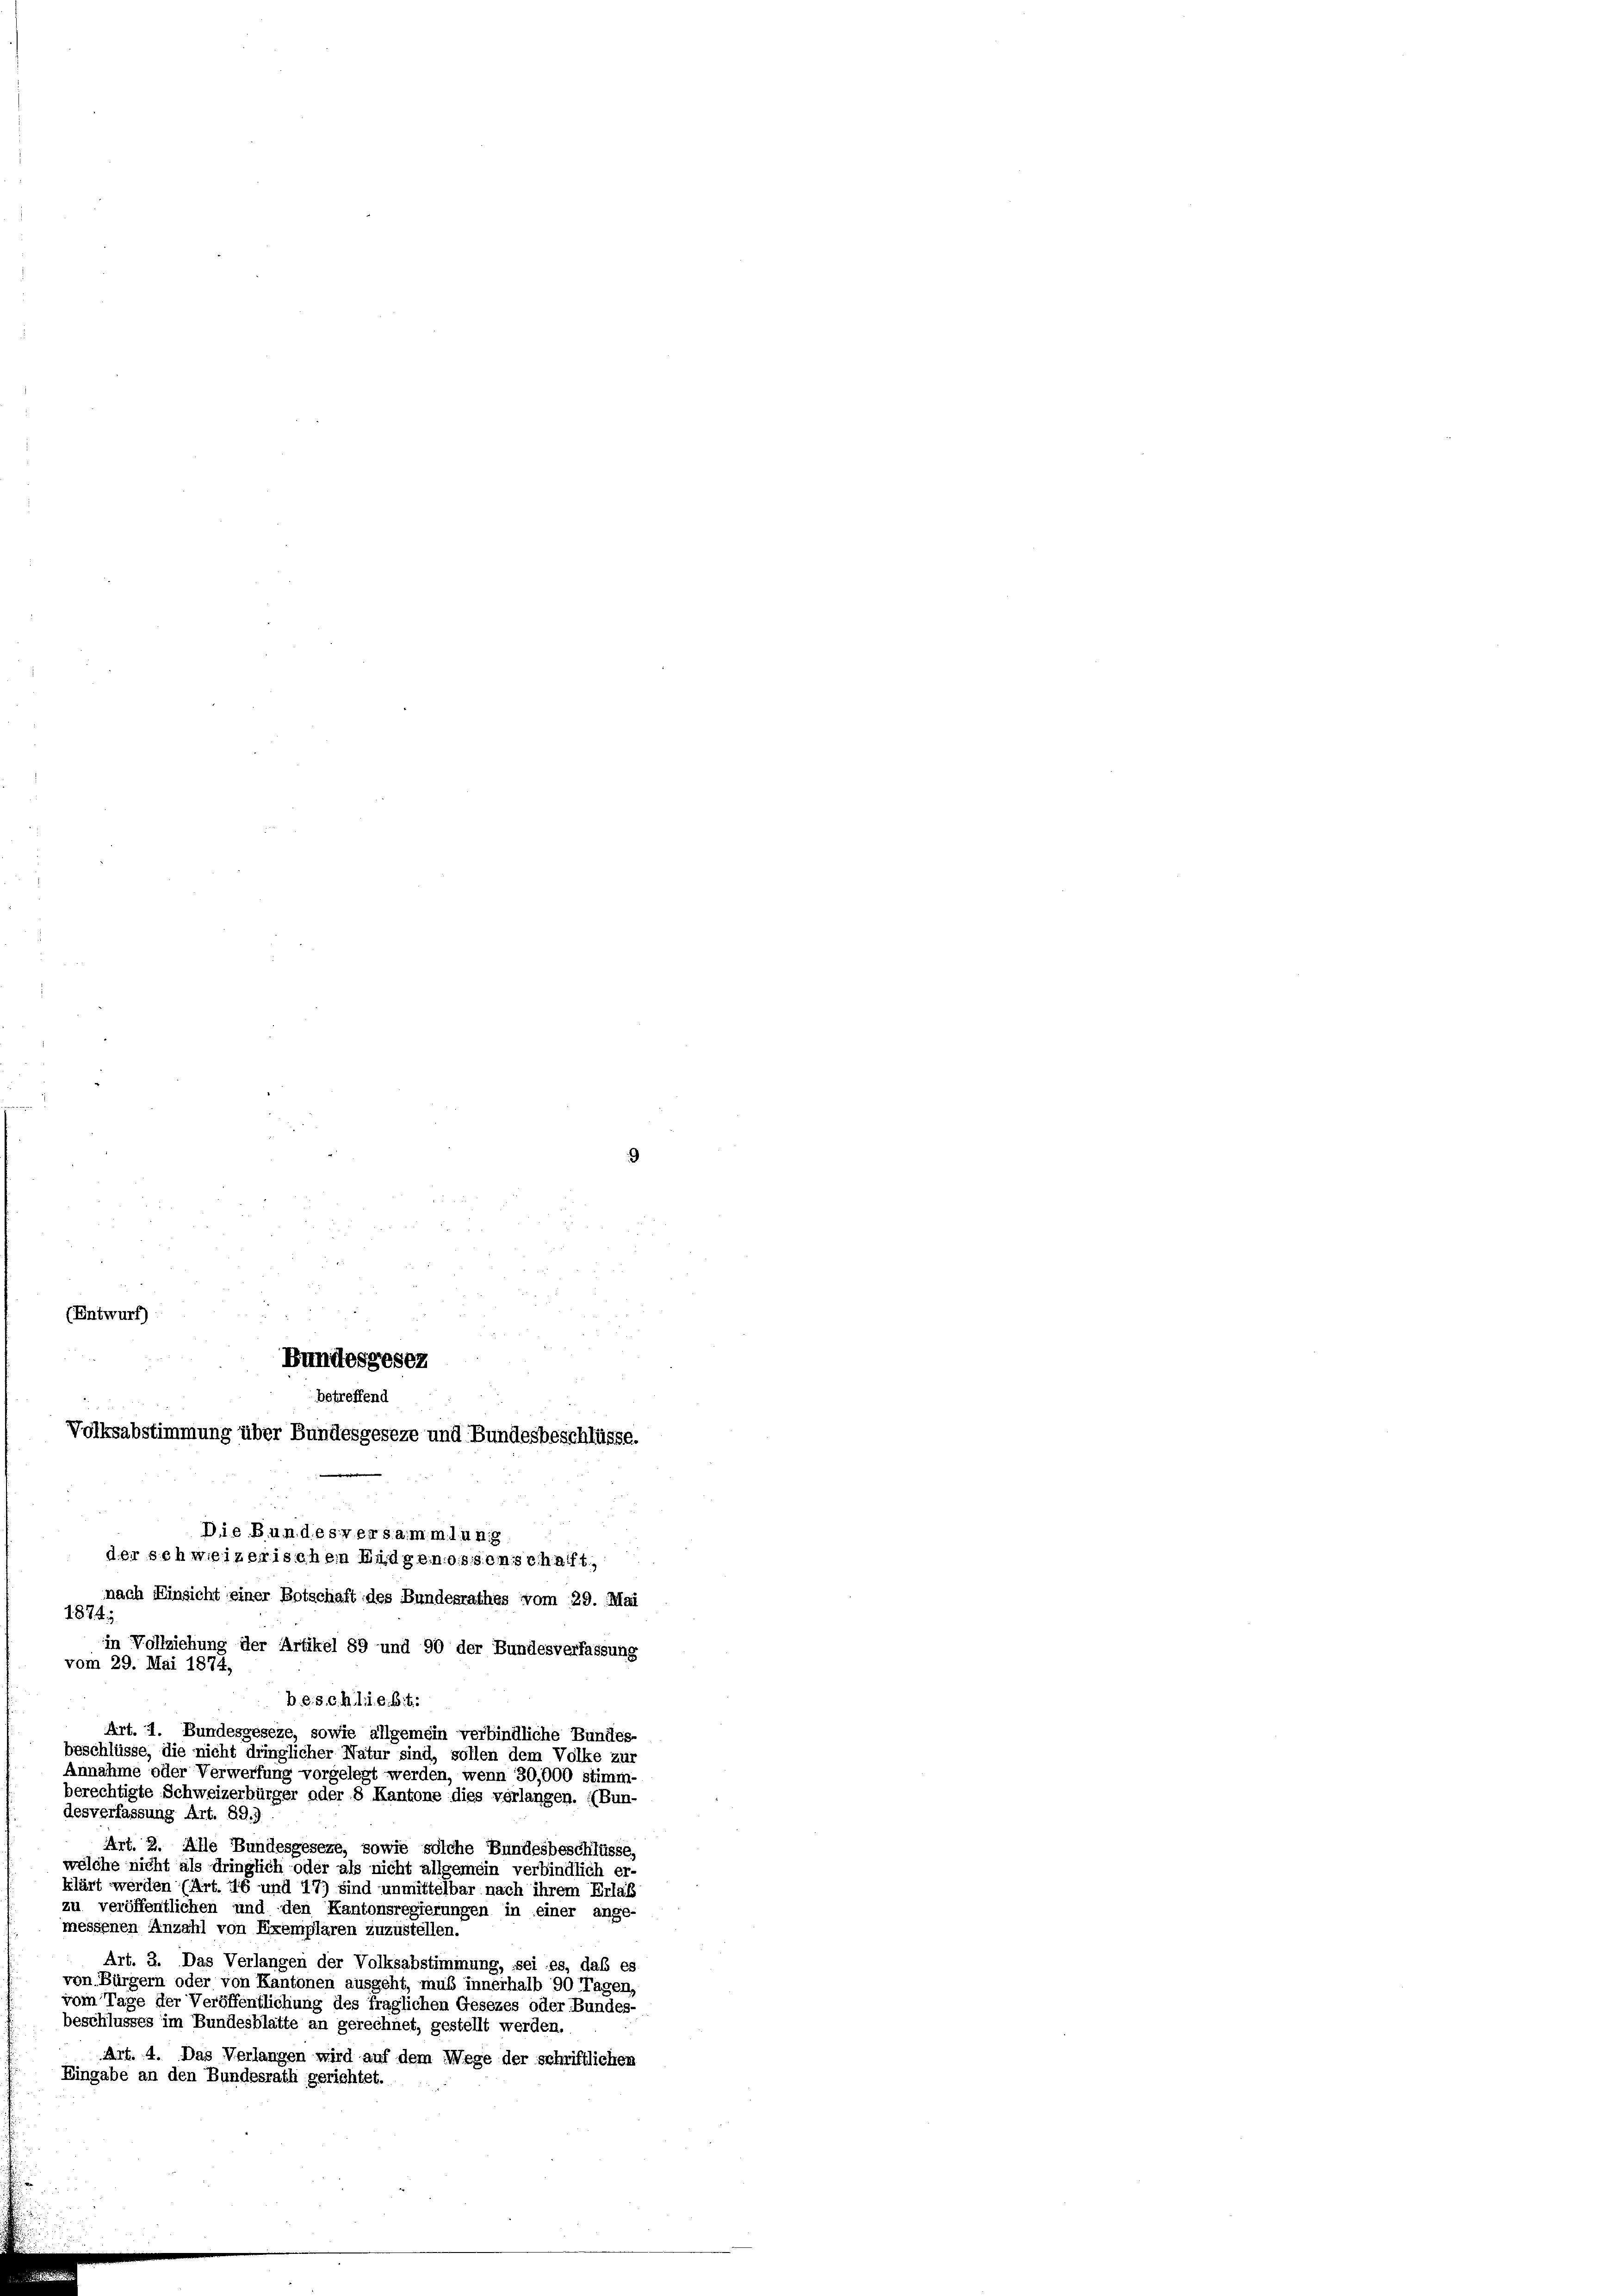
(Entwurf):

Bundesgesez
betreffend
Volksabstimmung über Bundesgeseze und Bundesbeschlüsse.
Die Bundesversammlung
der schweizerischem Endgenossenschafft,
nach Einsicht einer Botschaft des Bundesrathes vom 29. Mai

1874;
in Vollziehung der Artikel 89 und 90 der Bundesverfassung
vom 29. Mai 1874,
b. e. schlie. Bit:
Art. 4. Bundesgeseze, sowie allgemein verbindliche Bundes-
beschlüsse, die nicht dringlicher Natur sind, sollen dem Volke zur
Annahme oder Verwerfung vorgelegt werden, wenn 30,000 stimm-
berechtigte Schweizerbürger oder 8 Kantone dies verlangen. (Bun-
desverfassung Art. 39.)
Art. 2. Alle Bundesgeseze, sowie solche Bundesbeschlüsse,
welche nicht als dringlich- oder als nicht allgemein verbindlich er-
klärt werden (Art. 46 und 17) sind unmittelbar nach ihrem Erlass
zu veröffentlichen und den Kantonsregierungen in einer ange-
messenen Anzahl von Exemplaren zuzustellen.
Art. 3. Das Verlangen der Volksabstimmung, sei es, daß es
von Bürgern oder von Kantonen ausgeht, muß innerhalb 90 Tagen,
vom Tage der Veröffentlichung des fraglichen Gesezes oder Bundes-
beschlusses im Bundesblatte an gerechnet, gestellt werden.
Art. 4. Das Verlangen wird auf dem Wege der schriftlichen
Eingabe an den Bundesrath gerichtet.